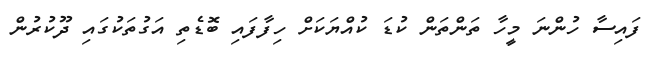
ފައިސާ ހުންނަ މީހާ ތަންތަން ކުޑަ ކުއްޔަކަށް ހިފާފައި ބޮޑެތި އަގުތަކުގައި ދޫކުރުން